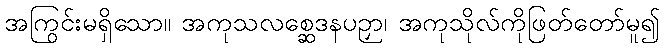
အကြွင်းမရှိသော။ အကုသလစ္ဆေဒနပဉှာ၊ အကုသိုလ်ကိုဖြတ်တော်မူ၍